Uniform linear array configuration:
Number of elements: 32
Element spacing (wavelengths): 0.5
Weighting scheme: exponential
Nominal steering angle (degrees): -45
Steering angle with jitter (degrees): -46.169
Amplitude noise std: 0.05
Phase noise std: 0.05

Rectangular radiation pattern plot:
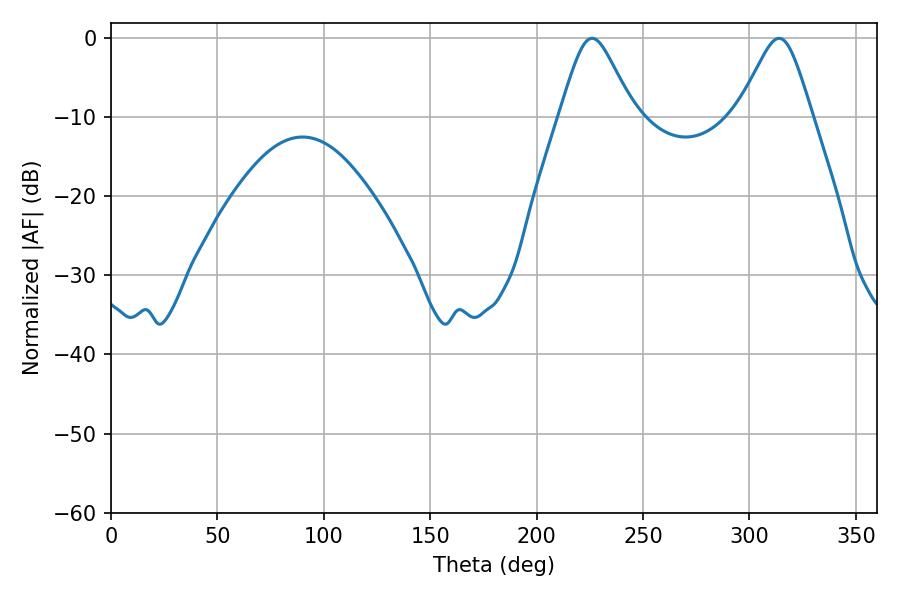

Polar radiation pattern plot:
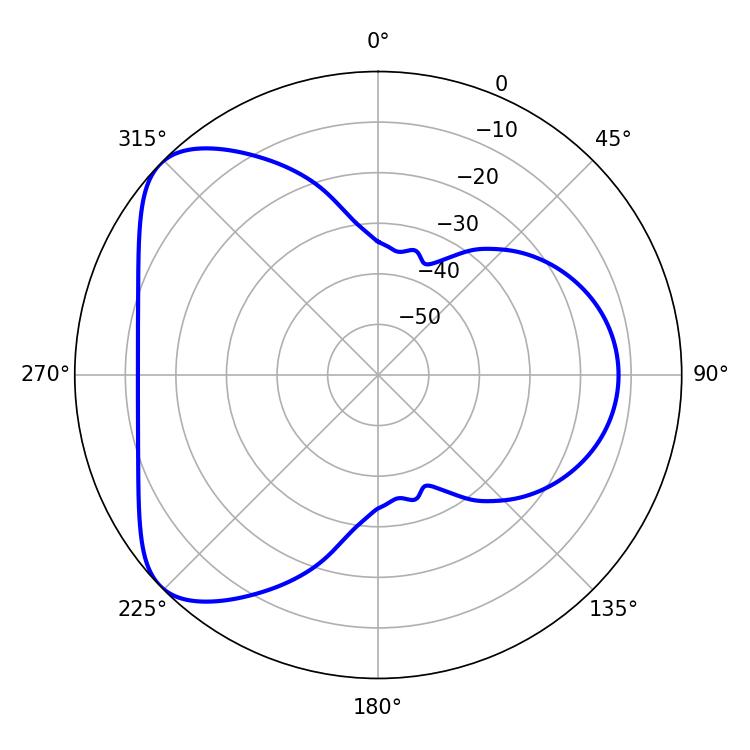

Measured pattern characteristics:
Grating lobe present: FALSE
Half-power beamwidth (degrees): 16.74
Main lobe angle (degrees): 226.08